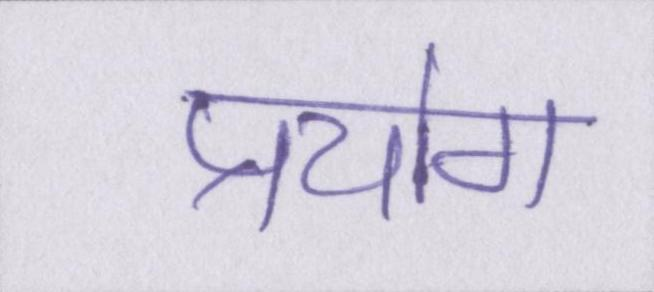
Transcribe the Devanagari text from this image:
प्रयोग